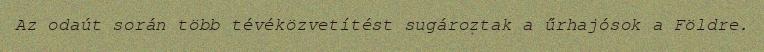
Az odaút során több tévéközvetítést sugároztak a űrhajósok a Földre.